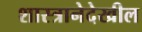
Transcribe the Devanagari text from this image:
शास्त्रानेदेखील